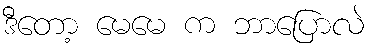
ဒီတော့ မေမေ က ဘာပြောလဲ